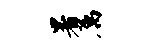
暑属